Annual report on the working of the mental hospitals in the Madras Presidency - 1912-1932
Year: 1912
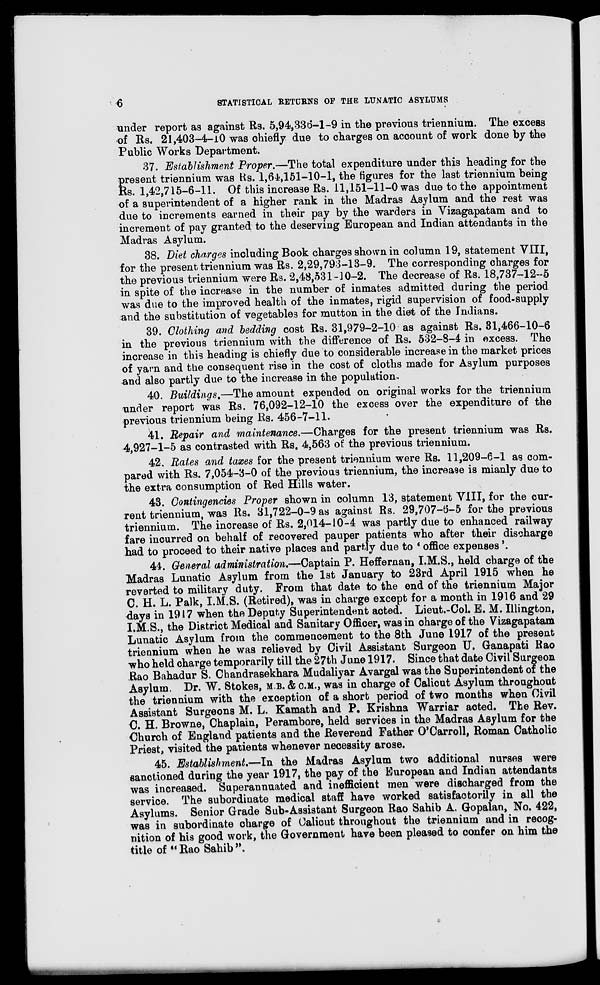
6
STATISTICAL RETURNS OF THE LUNATIC ASYLUMS
under report as against Rs. 5,94,336-1-9 in the previous triennium. The excess
of Rs. 21,403-4-10 was chiefly due to charges on account of work done by the
Public Works Department.
37. Establishment Proper.—The total expenditure under this heading for the
present triennium was Rs. 1,64,151-10-1, the figures for the last triennium being
Rs. 1,42,715-6-11. Of this increase Rs. 11,151-11-0 was due to the appointment
of a superintendent of a higher rank in the Madras Asylum and the rest was
due to increments earned in their pay by the warders in Vizagapatam and to
increment of pay granted to the deserving European and Indian attendants in the
Madras Asylum.
38. Diet charges including Book charges shown in column 19, statement VIII,
for the present triennium was Rs. 2,29,793-13-9. The corresponding charges for
the previous triennium were Rs. 2,48,531-10-2. The decrease of Rs. 18,737-12-5
in spite of the increase in the number of inmates admitted during the period
was due to the improved health of the inmates, rigid supervision of food-supply
and the substitution of vegetables for mutton in the diet of the Indians.
39. Clothing and bedding cost Rs. 31,979-2-10 as against Rs. 31,466-10-6
in the previous triennium with the difference of Rs. 532-8-4 in excess. The
increase in this heading is chiefly due to considerable increase in the market prices
of yarn and the consequent rise in the cost of cloths made for Asylum purposes
and also partly due to the increase in the population.
40. Buildings.—The amount expended on original works for the triennium
under report was Rs. 76,092-12-10 the excess over the expenditure of the
previous triennium being Rs. 456-7-11.
41. Repair and maintenance.—Charges for the present triennium was Rs.
4,927-1-5 as contrasted with Rs. 4,563 of the previous triennium.
42. Rates and taxes for the present triennium were Rs. 11,209-6-1 as com-
pared with Rs. 7,054-3-0 of the previous triennium, the increase is mianly due to
the extra consumption of Red Hills water.
43. Contingencies Proper shown in column 13, statement VIII, for the cur-
rent triennium, was Rs. 31,722-0-9 as against Rs. 29,707-6-5 for the previous
triennium. The increase of Rs. 2,014-10-4 was partly due to enhanced railway
fare incurred on behalf of recovered pauper patients who after their discharge
had to proceed to their native places and partly due to ' office expenses '.
44. General administration.—Captain P. Heffernan, I.M.S., held charge of the
Madras Lunatic Asylum from the 1st January to 23rd April 1915 when he
reverted to military duty. From that date to the end of the triennium Major
C. H. L. Palk, I.M.S. (Retired), was in charge except for a month in 1916 and 29
days in 1917 when the Deputy Superintendent acted. Lieut.-Col. E. M. Illington,
I.M.S., the District Medical and Sanitary Officer, was in charge of the Vizagapatam
Lunatic Asylum from the commencement to the 8th June 1917 of the present
triennium when he was relieved by Civil Assistant Surgeon U. Ganapati Rao
who held charge temporarily till the 27th June 1917. Since that date Civil Surgeon
Rao Bahadur S. Chandrasekhara Mudaliyar Avargal was the Superintendent of the
Asylum Dr. W. Stokes, M.B. & C.M., was in charge of Calicut Asylum throughout
the triennium with the exception of a short period of two months when Civil
Assistant Surgeons M. L. Kamath and P. Krishna Warriar acted. The Rev.
C. H. Browne, Chaplain, Perambore, held services in the Madras Asylum for the
Church of England patients and the Reverend Father O'Carroll, Roman Catholic
Priest, visited the patients whenever necessity arose.
45. Establishment.—In the Madras Asylum two additional nurses were
sanctioned during the year 1917, the pay of the European and Indian attendants
was increased. Superannuated and inefficient men were discharged from the
service. The subordinate medical staff have worked satisfactorily in all the
Asylums. Senior Grade Sub-Assistant Surgeon Rao Sahib A. Gopalan, No. 422,
was in subordinate charge of Calicut throughout the triennium and in recog-
nition of his good work, the Government have been pleased to confer on him the
title of " Rao Sahib ".